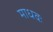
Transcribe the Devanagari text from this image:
माधवः